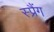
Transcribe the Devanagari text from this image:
स्प्रैंग